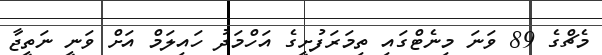
މެޗްގެ 89 ވަނަ މިނެޓްގައި ތިމަރަފުށީގެ އަހްމަދު ހައިލަމް އަށް ވަނީ ނަތީޖާ